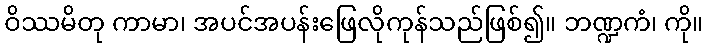
ဝိဿမိတု ကာမာ၊ အပင်အပန်းဖြေလိုကုန်သည်ဖြစ်၍။ ဘဏ္ဍကံ၊ ကို။